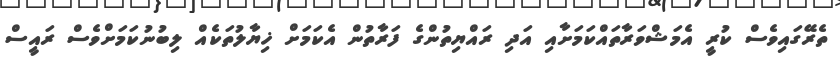
ތެރޭގައިވެސް ކުރީ އެމަޝްވަރާތައްކަމަށާއި އަދި ރައްޔިތުންގެ ފަރާތުން އެކަމަށް ޚިޔާލުތަކެއް ލިބުނުކަމަށްވެސް ރައީސް